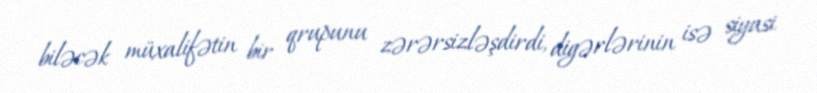
biləcək müxalifətin bir qrupunu zərərsizləşdirdi, digərlərinin isə siyasi